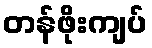
တန်ဖိုးကျပ်